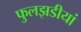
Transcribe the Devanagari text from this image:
फुलझडीयां